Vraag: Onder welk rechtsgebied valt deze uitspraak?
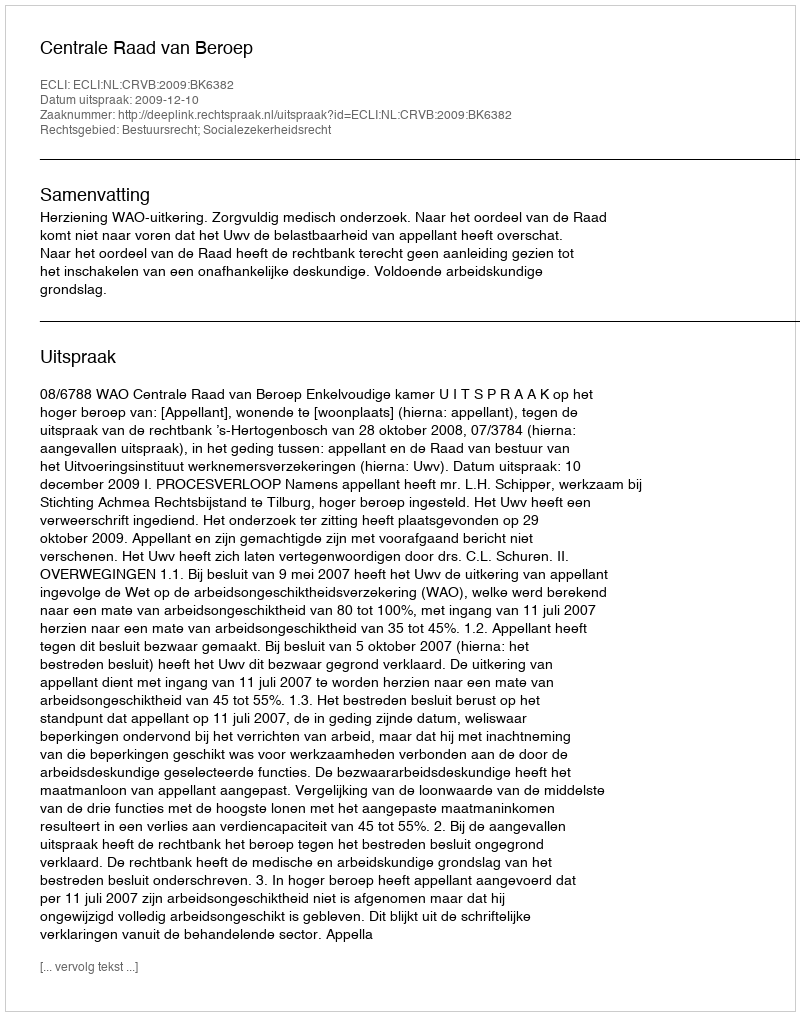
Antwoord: Bestuursrecht; Socialezekerheidsrecht